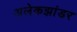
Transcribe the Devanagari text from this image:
अलेकझांडर